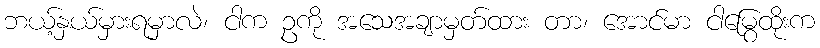
ဘယ့်နှယ်မှားရမှာလဲ၊ ငါက ဥကို အသေအချာမှတ်ထား တာ၊ အောင်မာ ငါမြွေထိုးက